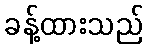
ခန့်ထားသည်